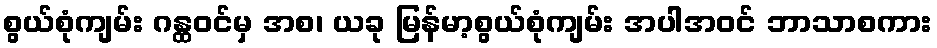
စွယ်စုံကျမ်း ဂန္ထဝင်မှ အစ၊ ယခု မြန်မာ့စွယ်စုံကျမ်း အပါအဝင် ဘာသာစကား